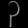
Digit: ၃